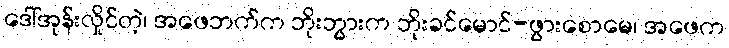
ဒေါ်အုန်းလှိုင်တဲ့၊ အဖေဘက်က ဘိုးဘွားက ဘိုးခင်မောင်-ဖွားစောမေ၊ အဖေက